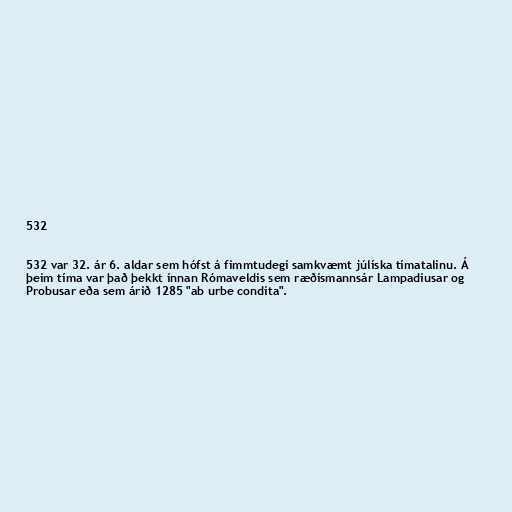
532

532 var 32. ár 6. aldar sem hófst á fimmtudegi samkvæmt júlíska tímatalinu. Á
þeim tíma var það þekkt innan Rómaveldis sem ræðismannsár Lampadiusar og
Probusar eða sem árið 1285 "ab urbe condita".